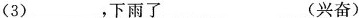
（3）___，下雨了___（兴奋）